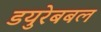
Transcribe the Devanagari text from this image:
डयुरेबबल